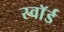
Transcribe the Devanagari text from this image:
स्वाॅर्ड